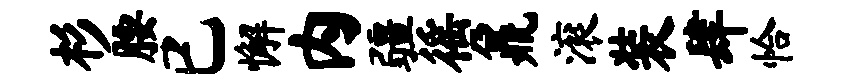
杉腰已懈内疆徭鼐滚装肆恰